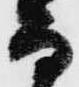
而